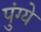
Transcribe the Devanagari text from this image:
पुंग्ये